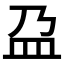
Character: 盁